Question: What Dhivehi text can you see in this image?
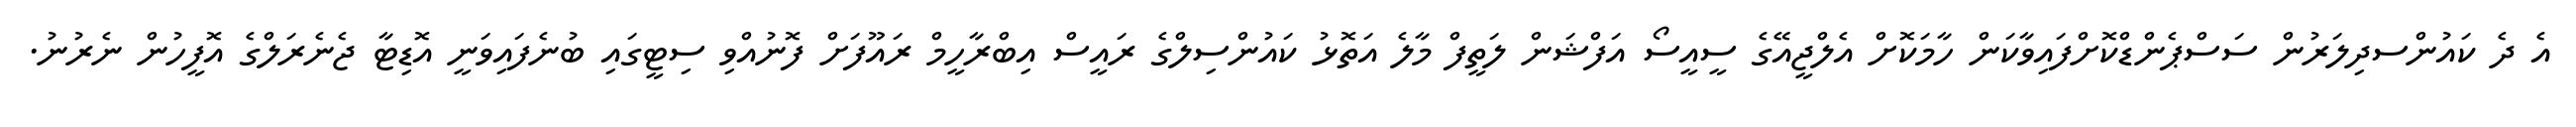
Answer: އެ ދެ ކައުންސދިލަރުން ސަސްޕެންޑްކޮށްފައިވާކަން ހާމަކޮށް އެލްޖީއޭގެ ސީއީސޯ އަފްޝަން ލަތީފް މާލެ އަތޮޅު ކައުންސިލްގެ ރައީސް އިބްރާހީމް ރައޫފަށް ފޮނުއްވި ސިޓީގައި ބުނެފައިވަނީ އޮޑިޓާ ޖެނެރަލްގެ އޮފީހުން ނެރުނު.